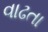
વાઢતા